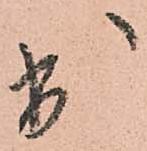
出